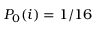
P _ { 0 } ( i ) = 1 / 1 6